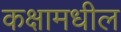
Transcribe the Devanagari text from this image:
कक्षामधील